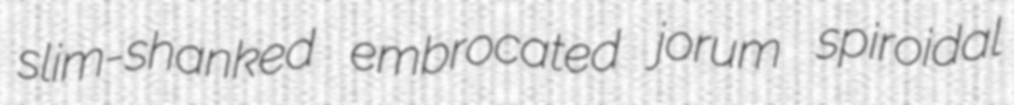
slim-shanked embrocated jorum spiroidal